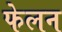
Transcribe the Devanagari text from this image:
फेलन